Vaccination Hyderabad 1872-1889 - 1872-1889
Year: 1872
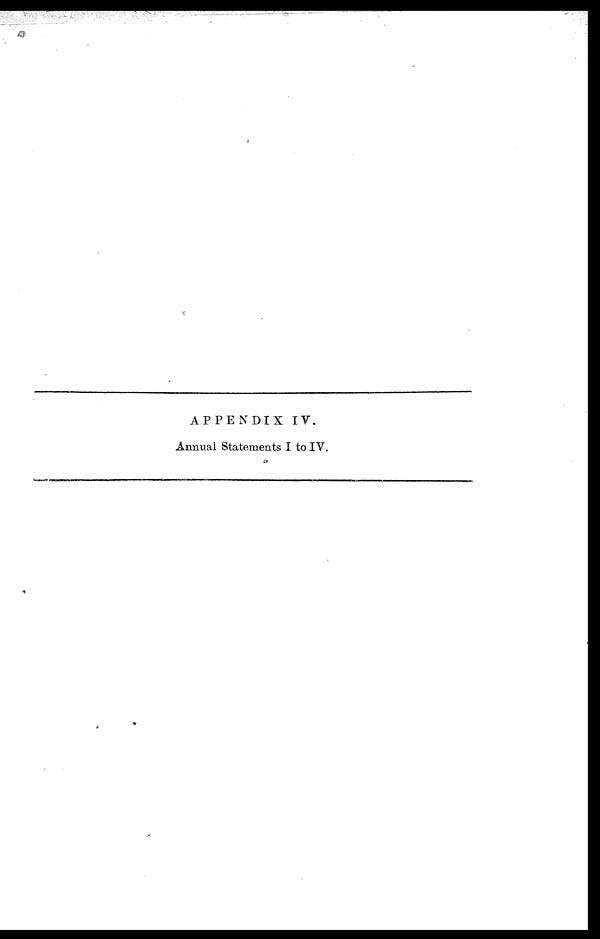
APPENDIX IV.
Annual Statements I to IV.